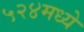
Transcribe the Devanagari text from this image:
५२४मध्ये